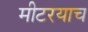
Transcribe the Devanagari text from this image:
मीटरयाच